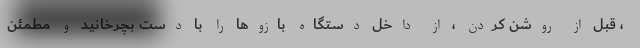
، قبل از روشن کردن ، از داخل دستگاه بازوها را با دست بچرخانید و مطمئن